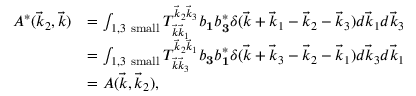
\begin{array} { r l } { A ^ { * } ( \vec { k } _ { 2 } , \vec { k } ) } & { = \int _ { 1 , 3 \mathrm { ~ s m a l l } } T _ { \vec { k } \vec { k } _ { 1 } } ^ { \vec { k } _ { 2 } \vec { k } _ { 3 } } b _ { \mathbf 1 } b _ { \mathbf 3 } ^ { * } \delta ( \vec { k } + \vec { k } _ { 1 } - \vec { k } _ { 2 } - \vec { k } _ { 3 } ) d \vec { k } _ { 1 } d \vec { k } _ { 3 } } \\ & { = \int _ { 1 , 3 \mathrm { ~ s m a l l } } T _ { \vec { k } \vec { k } _ { 3 } } ^ { \vec { k } _ { 2 } \vec { k } _ { 1 } } b _ { \mathbf 3 } b _ { \mathbf 1 } ^ { * } \delta ( \vec { k } + \vec { k } _ { 3 } - \vec { k } _ { 2 } - \vec { k } _ { 1 } ) d \vec { k } _ { 3 } d \vec { k } _ { 1 } } \\ & { = A ( \vec { k } , \vec { k } _ { 2 } ) , } \end{array}